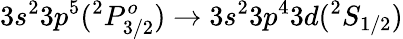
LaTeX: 3s^{2}3p^{5}(^{2}P_{3/2}^{o})\rightarrow 3s^{2}3p^{4}3d(^{2}S_{1/2})